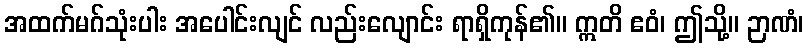
အထက်မဂ်သုံးပါး အပေါင်းလျင် လည်းလျောင်း ရာရှိကုန်၏။ ဣတိ ဧဝံ၊ ဤသို့။ ဉာဏံ၊